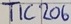
Text: TIC206